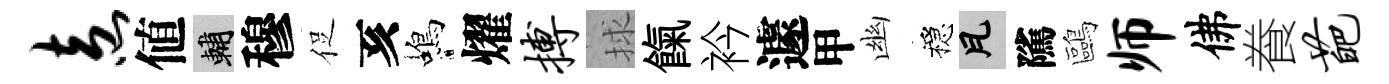
盍値輔穆促亥蝎燿搏捄餼衿遽甲幽穩瓦隲鷗师佛飬葩